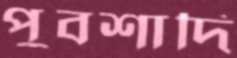
পুবশাদি